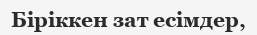
Біріккен зат есімдер,